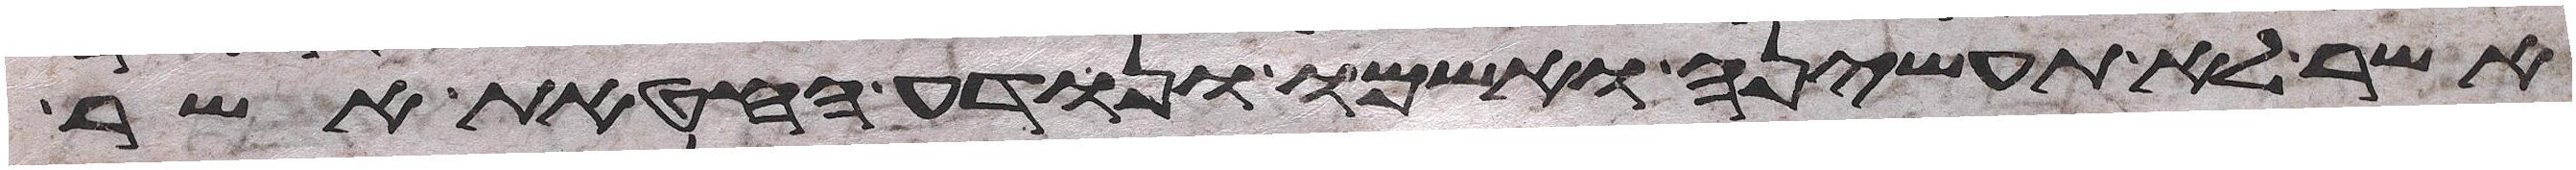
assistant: אשר לא תעשיהן ואשמו ונודע החטאת אשר